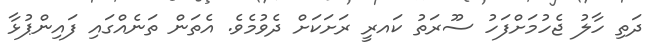
ދަތި ހާލު ޖެހުމަށްފަހު ސޫރަތު ކައރީ ރަށަކަށް ދެވުމެވެ. އެތަން ތަނެއްގައި ފައިންޕުޅާ